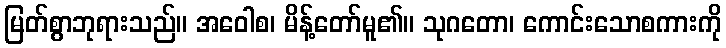
မြတ်စွာဘုရားသည်။ အဝေါစ၊ မိန့်တော်မူ၏။ သုဂတော၊ ကောင်းသောစကားကို